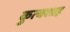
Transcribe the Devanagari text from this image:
कुत्बशाह